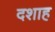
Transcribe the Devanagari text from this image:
दशाह